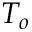
T _ { o }